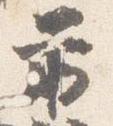
前